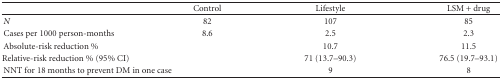
<table><thead><tr><td></td><td><b>Control</b></td><td><b>Lifestyle</b></td><td><b>LSM + drug</b></td></tr></thead><tbody><tr><td><i>N</i></td><td>82</td><td>107</td><td>85</td></tr><tr><td>Cases per 1000 person-months</td><td>8.6</td><td>2.5</td><td>2.3</td></tr><tr><td>Absolute-risk reduction %</td><td></td><td>10.7</td><td>11.5</td></tr><tr><td colspan="2">Relative-risk reduction % (95% CI)</td><td>71 (13.7–90.3)</td><td>76.5 (19.7–93.1)</td></tr><tr><td colspan="2">NNT for 18 months to prevent DM in one case</td><td>9</td><td>8</td></tr></tbody></table>